Indian journal of veterinary science and animal husbandry - Volume 12,
Year: 1942
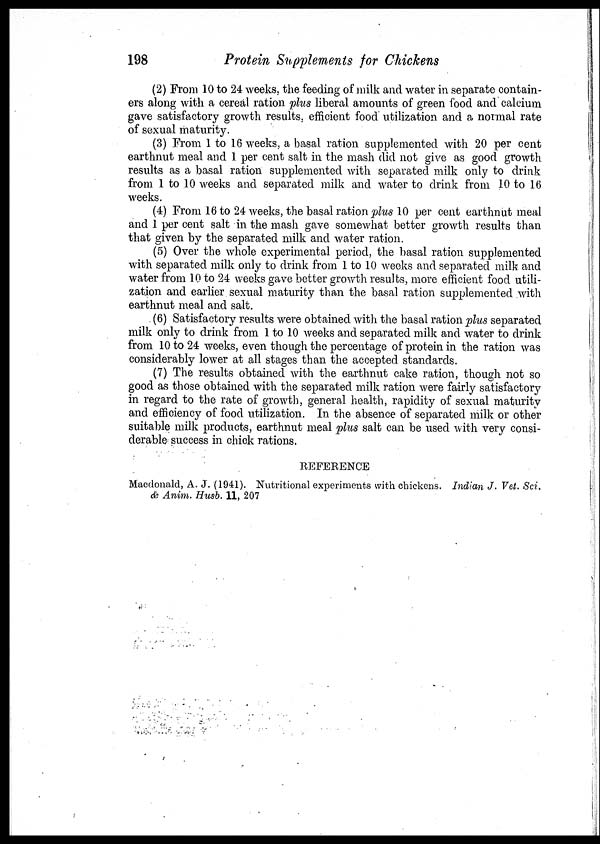
198
Protein Supplements for Chickens
(2) From 10 to 24 weeks, the feeding of milk and water in separate contain-
ers along with a cereal ration plus liberal amounts of green food and calcium
gave satisfactory growth results, efficient food utilization and a normal rate
of sexual maturity.
(3) From 1 to 16 weeks, a basal ration supplemented with 20 per cent
earthnut meal and 1 per cent salt in the mash did not give as good growth
results as a basal ration supplemented with separated milk only to drink
from 1 to 10 weeks and separated milk and water to drink from 10 to 16
weeks.
(4) From 16 to 24 weeks, the basal ration plus 10 per cent earthnut meal
and 1 per cent salt in the mash gave somewhat better growth results than
that given by the separated milk and water ration.
(5) Over the whole experimental period, the basal ration supplemented
with separated milk only to drink from 1 to 10 weeks and separated milk and
water from 10 to 24 weeks gave better growth results, more efficient food utili-
zation and earlier sexual maturity than the basal ration supplemented with
earthnut meal and salt.
(6) Satisfactory results were obtained with the basal ration plus separated
milk only to drink from 1 to 10 weeks and separated milk and water to drink
from 10 to 24 weeks, even though the percentage of protein in the ration was
considerably lower at all stages than the accepted standards.
(7) The results obtained with the earthnut cake ration, though not so
good as those obtained with the separated milk ration were fairly satisfactory
in regard to the rate of growth, general health, rapidity of sexual maturity
and efficiency of food utilization. In the absence of separated milk or other
suitable milk products, earthnut meal plus salt can be used with very consi-
derable success in chick rations.
REFERENCE
Macdonald, A. J. (1941). Nutritional experiments with chickens. Indian J. Vet. Sci.
& Anim. Husb. 11, 207